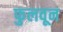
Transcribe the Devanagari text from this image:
फुलवून